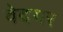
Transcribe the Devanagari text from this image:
वेदगर